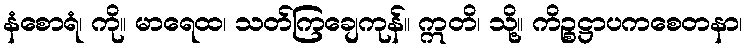
နံစောရံ၊ ကို။ မာရေထ၊ သတ်ကြချေကုန်။ ဣတိ၊ သို့။ ကိဉ္စဋ္ဌာပကစေတနာ၊